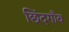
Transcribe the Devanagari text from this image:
छिंदगाँव